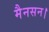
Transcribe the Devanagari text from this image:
मैनसन।